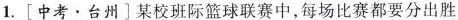
1.[中考。台州]某校班际篮球联赛中，每场比赛都要分出胜